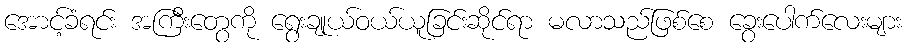
အောင့်ခံရင်း အကြီးတွေကို ရွေးချုယ်ဝယ်ယူခြင်းဆိုင်ရာ မလာသည်ဖြစ်စေ ခွေးပေါက်လေးများ